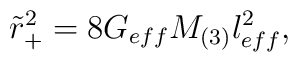
\tilde{r}_{+}^{2}=8G_{eff}M_{(3)}l_{eff}^{2},